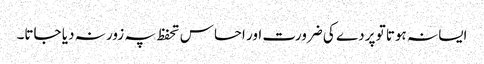
ایسا نہ ہوتا تو پردے کی ضرورت اور احساس تحفظ پہ زور نہ دیا جاتا۔